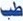
طب